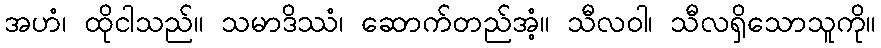
အဟံ၊ ထိုငါသည်။ သမာဒိဿံ၊ ဆောက်တည်အံ့။ သီလဝါ၊ သီလရှိသောသူကို။